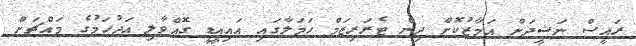
ރައީސް ނަޝީދަށް އަމާޒުކޮށް ދިން ޓެރަރިޒަމް ހަމަލާގައި އައިއީޑީ ގޮއްވާލި އަދުހަމުގެ މައްޗަށް